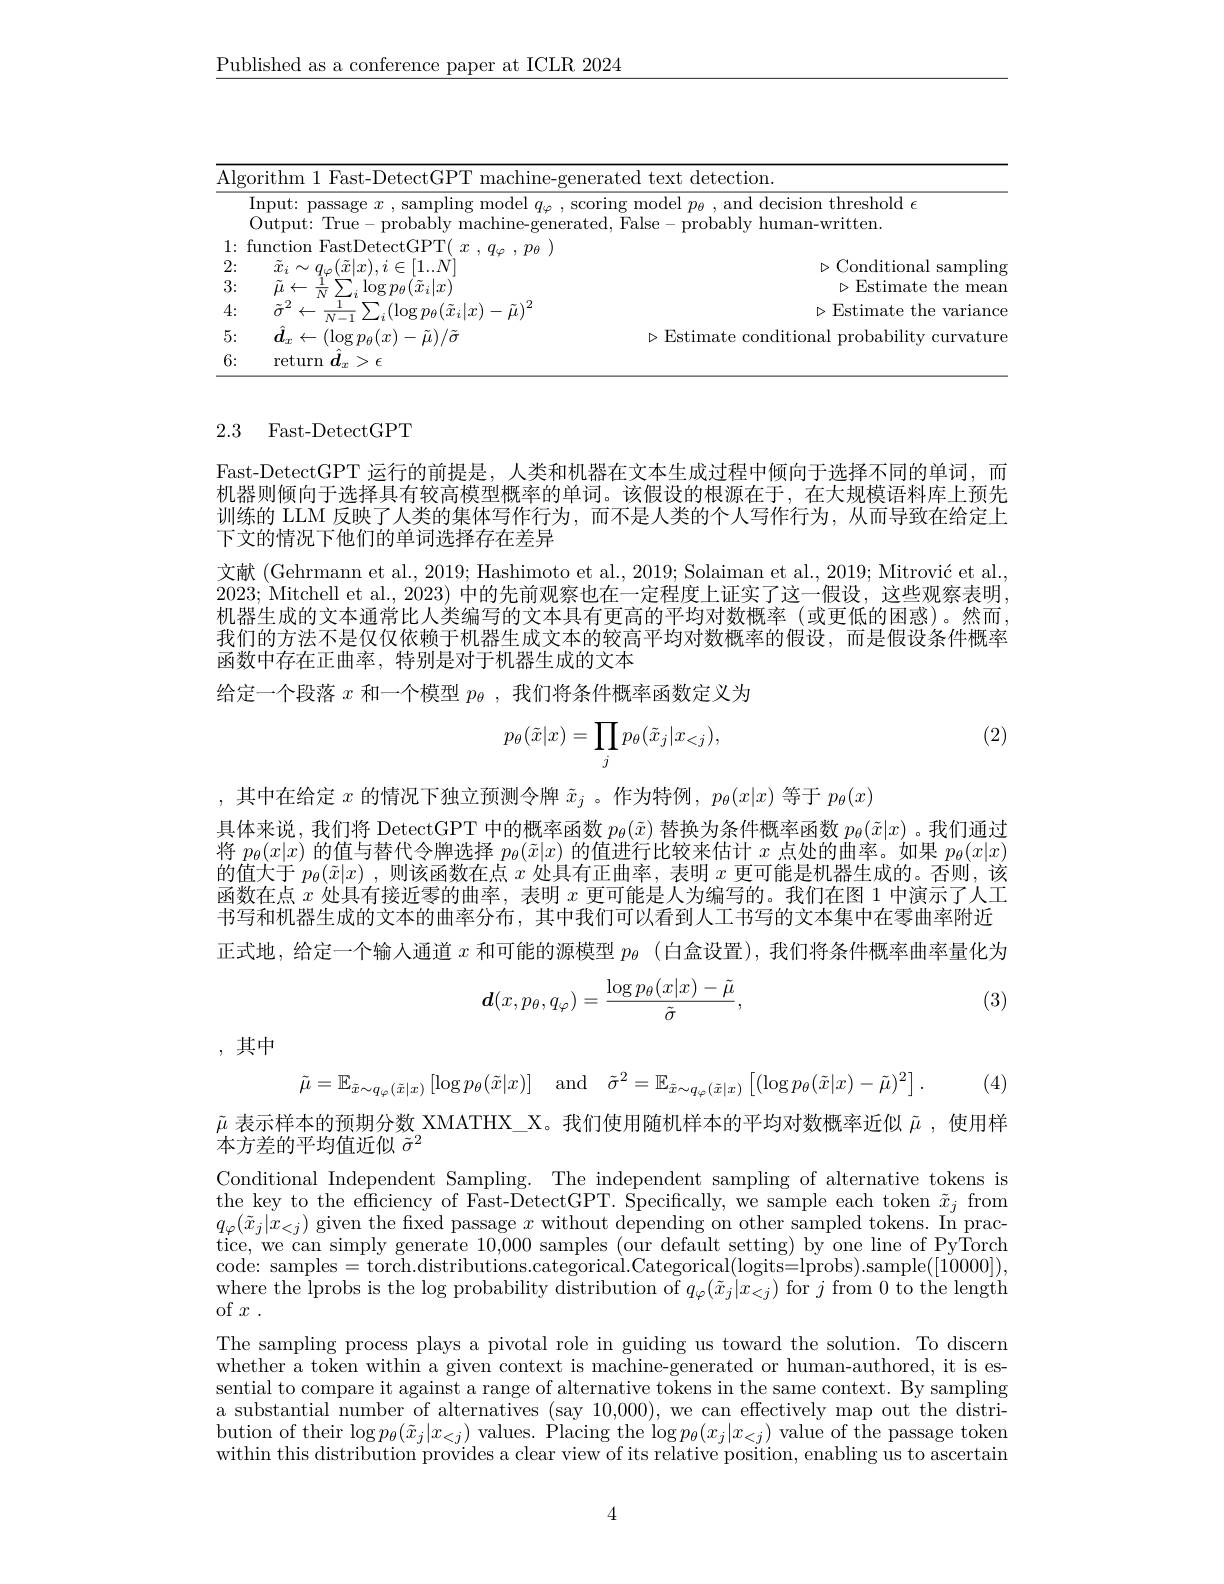
$\underline{\text{Published as a conference paper at ICLR 2024}}$

<table>
	<tbody>
		<tr>
			<td>$\overline{\mathrm{Al}}$ 1 1</td>
			<td>lgorithm 1 Fast- DetectGPT machine- genera</td>
			<td>ated text detection</td>
		</tr>
		<tr>
			<td> </td>
			<td>Input: passage $x$ , sampling model $q_\varphi$, scorin Output: True- probably machine-generated</td>
			<td>ing model $p_{\theta}$ , and decision threshold $\epsilon$ l, False- probably human- written. </td>
		</tr>
		<tr>
			<td>1 · ·</td>
			<td> </td>
			<td> </td>
		</tr>
		<tr>
			<td>2: $w$ $w$</td>
			<td>$1N$</td>
			<td>$(1_{\mathrm{onc}})$ $D1$</td>
		</tr>
		<tr>
			<td>3: $w$ 1 1 1 1</td>
			<td>$(\tilde{x}_{i}|x)$ $iI_{1}$</td>
			<td>$\triangleright Estima$ mea</td>
		</tr>
		<tr>
			<td>4: -</td>
			<td>$\tilde{\sigma}^{2}\leftarrow\frac{1}{N-1}\sum_{i}(\log p_{\theta}(\tilde{x}_{i}|x)-\tilde{\mu})^{2}$</td>
			<td>$\triangleright$Estim</td>
		</tr>
		<tr>
			<td>5: -</td>
			<td>$\hat{\boldsymbol{d}}_{x}\leftarrow(\log p_{\theta}(x)-\tilde{\mu})/\tilde{\sigma}$</td>
			<td>$\triangleright$Estimate conditional probability curvatur</td>
		</tr>
		<tr>
			<td>6; $w$ 1 1 T T 1 T 1</td>
			<td>return $d$ > $\epsilon$</td>
			<td> </td>
		</tr>
	</tbody>
</table>

## 2.3 Fast-DetectGPT

Fast-DetectGPT 运行的前提是，人类和机器在文本生成过程中倾向于选择不同的单词，而机器则倾向于选择具有较高模型概率的单词。该假设的根源在于，在大规模语料库上预先训练的 LLM 反映了人类的集体写作行为，而不是人类的个人写作行为，从而导致在给定上下文的情况下他们的单词选择存在差异
文献 (Gehrmann et al., 2019; Hashimoto et al., 2019; Solaiman et al., 2019; Mitrović et al. 2023; Mitchell et al., 2023) 中的先前观察也在一定程度上证实了这一假设，这些观察表明机器生成的文本通常比人类编写的文本具有更高的平均对数概率(或更低的困惑)。然而， 我们的方法不是仅仅依赖于机器生成文本的较高平均对数概率的假设，而是假设条件概率函数中存在正曲率，特别是对于机器生成的文本
给定一个段落$x$和一个模型$p_\theta$,我们将条件概率函数定义为

(2)
$$p_\theta(\tilde{x}|x)=\prod_jp_\theta(\tilde{x}_j|x_{<j}),$$
,其中在给定$x$的情况下独立预测令牌$\tilde{x}_j$ 。作为特例，$p_\theta(x|x)$等于$p_\theta(x)$
具体来说，我们将 DetectGPT 中的概率函数$p_\theta(\tilde{x})$替换为条件概率函数$p_\theta(\tilde{x}|x)$ 。我们通过将$p_\theta(x|x)$的值与替代令牌选择$p_\theta(\tilde{x}|x)$的值进行比较来估计$x$点处的曲率。如果$p_\theta(x|x)$ 的值大于$p_\theta(\tilde{x}|x)$ ,则该函数在点$x$处具有正曲率，表明$x$更可能是机器生成的。否则，该函数在点$x$处具有接近零的曲率，表明$x$更可能是人为编写的。我们在图 1 中演示了人工书写和机器生成的文本的曲率分布，其中我们可以看到人工书写的文本集中在零曲率附近正式地，给定一个输人通道$x$和可能的源模型$p_\theta$ (白盒设置),我们将条件概率曲率量化为

(3)
$$\boldsymbol{d}(x,p_\theta,q_\varphi)=\frac{\log p_\theta(x|x)-\tilde{\mu}}{\tilde{\sigma}},$$
,其中
$$\tilde{\mu}=\mathbb{E}_{\tilde{x}\sim q_\varphi(\tilde{x}|x)}\left[\log p_\theta(\tilde{x}|x)\right]\quad\mathrm{and}\quad\tilde{\sigma}^2=\mathbb{E}_{\tilde{x}\sim q_\varphi(\tilde{x}|x)}\left[(\log p_\theta(\tilde{x}|x)-\tilde{\mu})^2\right].$$
(4)

$\tilde{\mu}$表示样本的预期分数 XMATHX\_X。我们使用随机样本的平均对数概率近似$\tilde{\mu}$,使用样

本方差的平均值近似$\tilde{\sigma}^2$

Conditional Independent Sampling. The independent sampling of alternative tokens is the key to the efficiency of Fast-DetectGPT. Specifically, we sample each token $\tilde{x}_j$ from $\begin{array}{c}q_{\varphi}(\tilde{x}_{j}|x_{<j})\text{ given the fixed passage }x\text{ without depending on other sampled tokens. In prac-}\\\text{tice, we can simply generate 10,0000 samples (our default setting) by one line of PyTorch}\\\end{array}$ $code: samples $=$torch.distributions.categorical.Categorical(logits=lprobs).sample([10000])$, where the lprobs is the log probability distribution of $q_\varphi(\tilde{x}_j|x_{<j})$ for $j$ from 0 to the length of $x$ .
The sampling process plays a pivotal role in guiding us toward the solution. To discern whether a token within a given context is machine-generated or human-authored, it is essential to compare it against a range of alternative tokens in the same context. By sampling a substantial number of alternatives (say 10,000), we can effectively map out the distribution of their $\log p_\theta(\tilde{x}_j|x_{<j})$ values. Placing the $\log p_\theta(x_j|x_{<j})$ value of the passage token within this distribution provides a clear view of its relative position, enabling us to ascertain

4